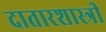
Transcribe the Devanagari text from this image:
दातारशास्त्री